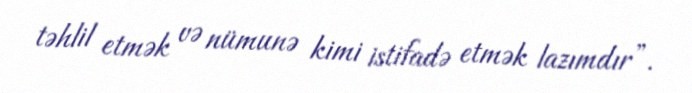
təhlil etmək və nümunə kimi istifadə etmək lazımdır”.